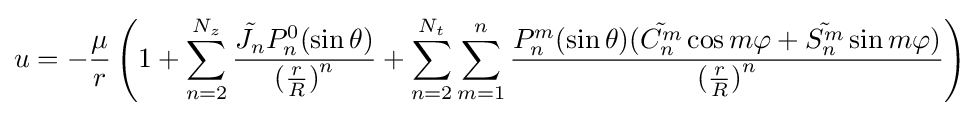
u=-{\frac {\mu }{r}}\left(1+\sum _{n=2}^{N_{z}}{\frac {{\tilde {J_{n}}}P_{n}^{0}(\sin \theta )}{{({\frac {r}{R}})}^{n}}}+\sum _{n=2}^{N_{t}}\sum _{m=1}^{n}{\frac {P_{n}^{m}(\sin \theta )({\tilde {C_{n}^{m}}}\cos m\varphi +{\tilde {S_{n}^{m}}}\sin m\varphi )}{{({\frac {r}{R}})}^{n}}}\right)